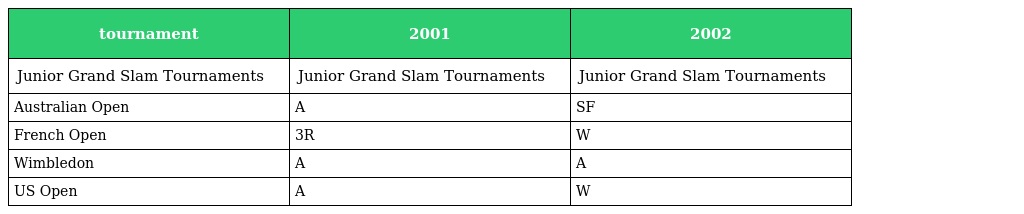
| tournament | 2001 | 2002 |
 | --- | --- | --- |
 | Junior Grand Slam Tournaments | Junior Grand Slam Tournaments | Junior Grand Slam Tournaments |
 | Australian Open | A | SF |
 | French Open | 3R | W |
 | Wimbledon | A | A |
 | US Open | A | W |